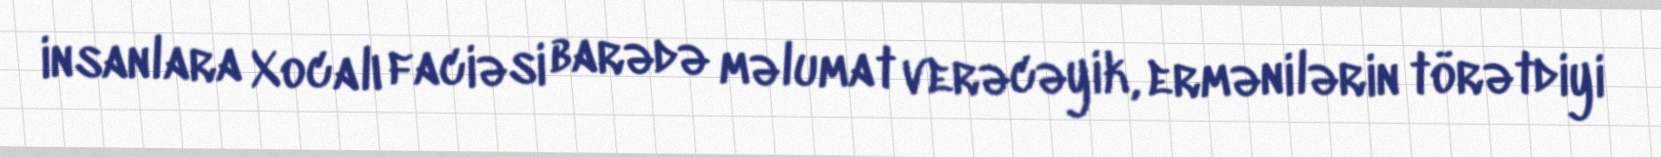
insanlara Xocalı faciəsi barədə məlumat verəcəyik, ermənilərin törətdiyi